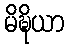
မိဍ္ဎိယာ